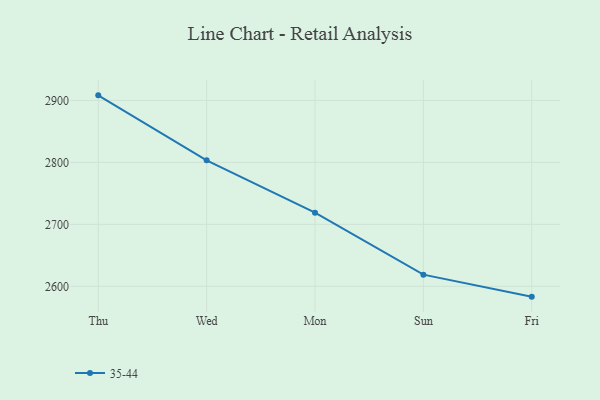
{"axis": {"x": "Day", "y": "Shipments"}, "legend": ["35-44"], "data": [{"x": "Thu", "y": 2908.2, "type": "35-44"}, {"x": "Wed", "y": 2803.4, "type": "35-44"}, {"x": "Mon", "y": 2718.9, "type": "35-44"}, {"x": "Sun", "y": 2618.8, "type": "35-44"}, {"x": "Fri", "y": 2583.3, "type": "35-44"}]}